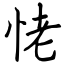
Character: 恅